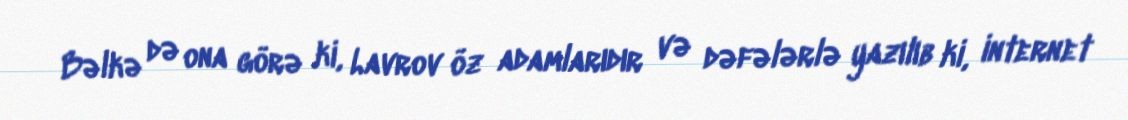
Bəlkə də ona görə ki, Lavrov öz adamlarıdır və dəfələrlə yazılıb ki, internet